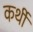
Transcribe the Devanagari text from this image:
कर्थी